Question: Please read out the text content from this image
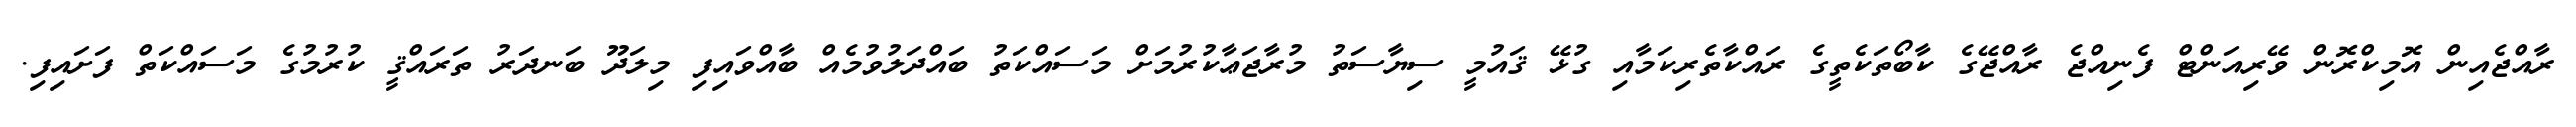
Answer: ރާއްޖެއިން އޮމިކްރޮން ވޭރިއަންޓް ފެނިއްޖެ ރާއްޖޭގެ ކާބޯތަކެތީގެ ރައްކާތެރިކަމާއި ގުޅޭ ޤައުމީ ސިޔާސަތު މުރާޖަޢާކުރުމަށް މަސައްކަތު ބައްދަލުވުމެއް ބާއްވައިފި މިލަދޫ ބަނދަރު ތަރައްޤީ ކުރުމުގެ މަސައްކަތް ފަށައިފި.